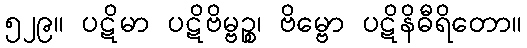
၅၂၉။ ပဋိမာ ပဋိဗိမ္ဗဉ္စ၊ ဗိမ္ဗော ပဋိနိဓီရိတော။